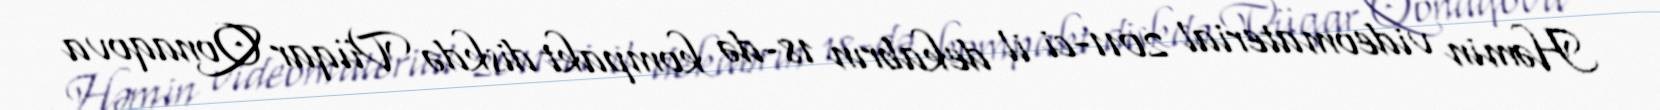
Həmin videomaterial 2011-ci il dekabrın 18-də kompakt diskdə Vüqar Qonaqova